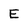
Character: E